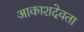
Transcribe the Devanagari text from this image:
आकाशदेवता